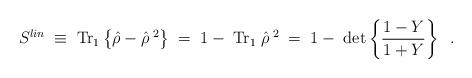
LaTeX: \begin{align*}S ^{lin}\;\equiv\;\mbox{Tr} _1\left\{\hat{\rho}-\hat{\rho} ^{\; 2}\right\} \; =\;1-\;\mbox{Tr} _1\;\hat{\rho} ^{\; 2}\; =\;1-\;\det\left\{\frac{1-Y}{1+Y}\right\}\;\;. \end{align*}